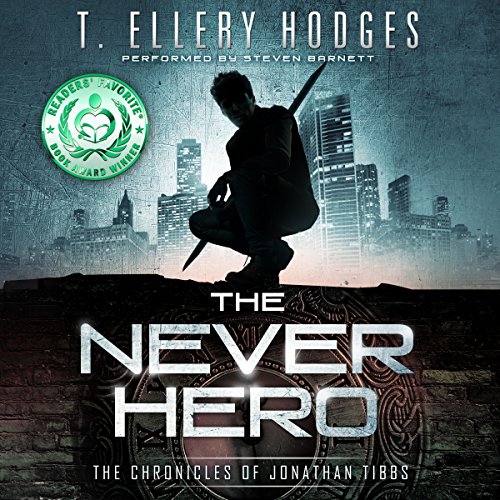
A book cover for The Never Hero: The Chronicles of Jonathan Tibbs, Book 1; T. Ellery Hodges; Science Fiction & Fantasy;